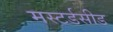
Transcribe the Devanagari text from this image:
मस्टर्डसीड